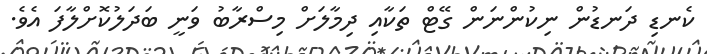
ކެނޑި ދަނޑުން ނިކުންނަން ގޭޓް ތަކާއި ދިމާލަށް މިސްރާބު ވަނީ ބަދަލުކޮށްލާފަ އެވެ.